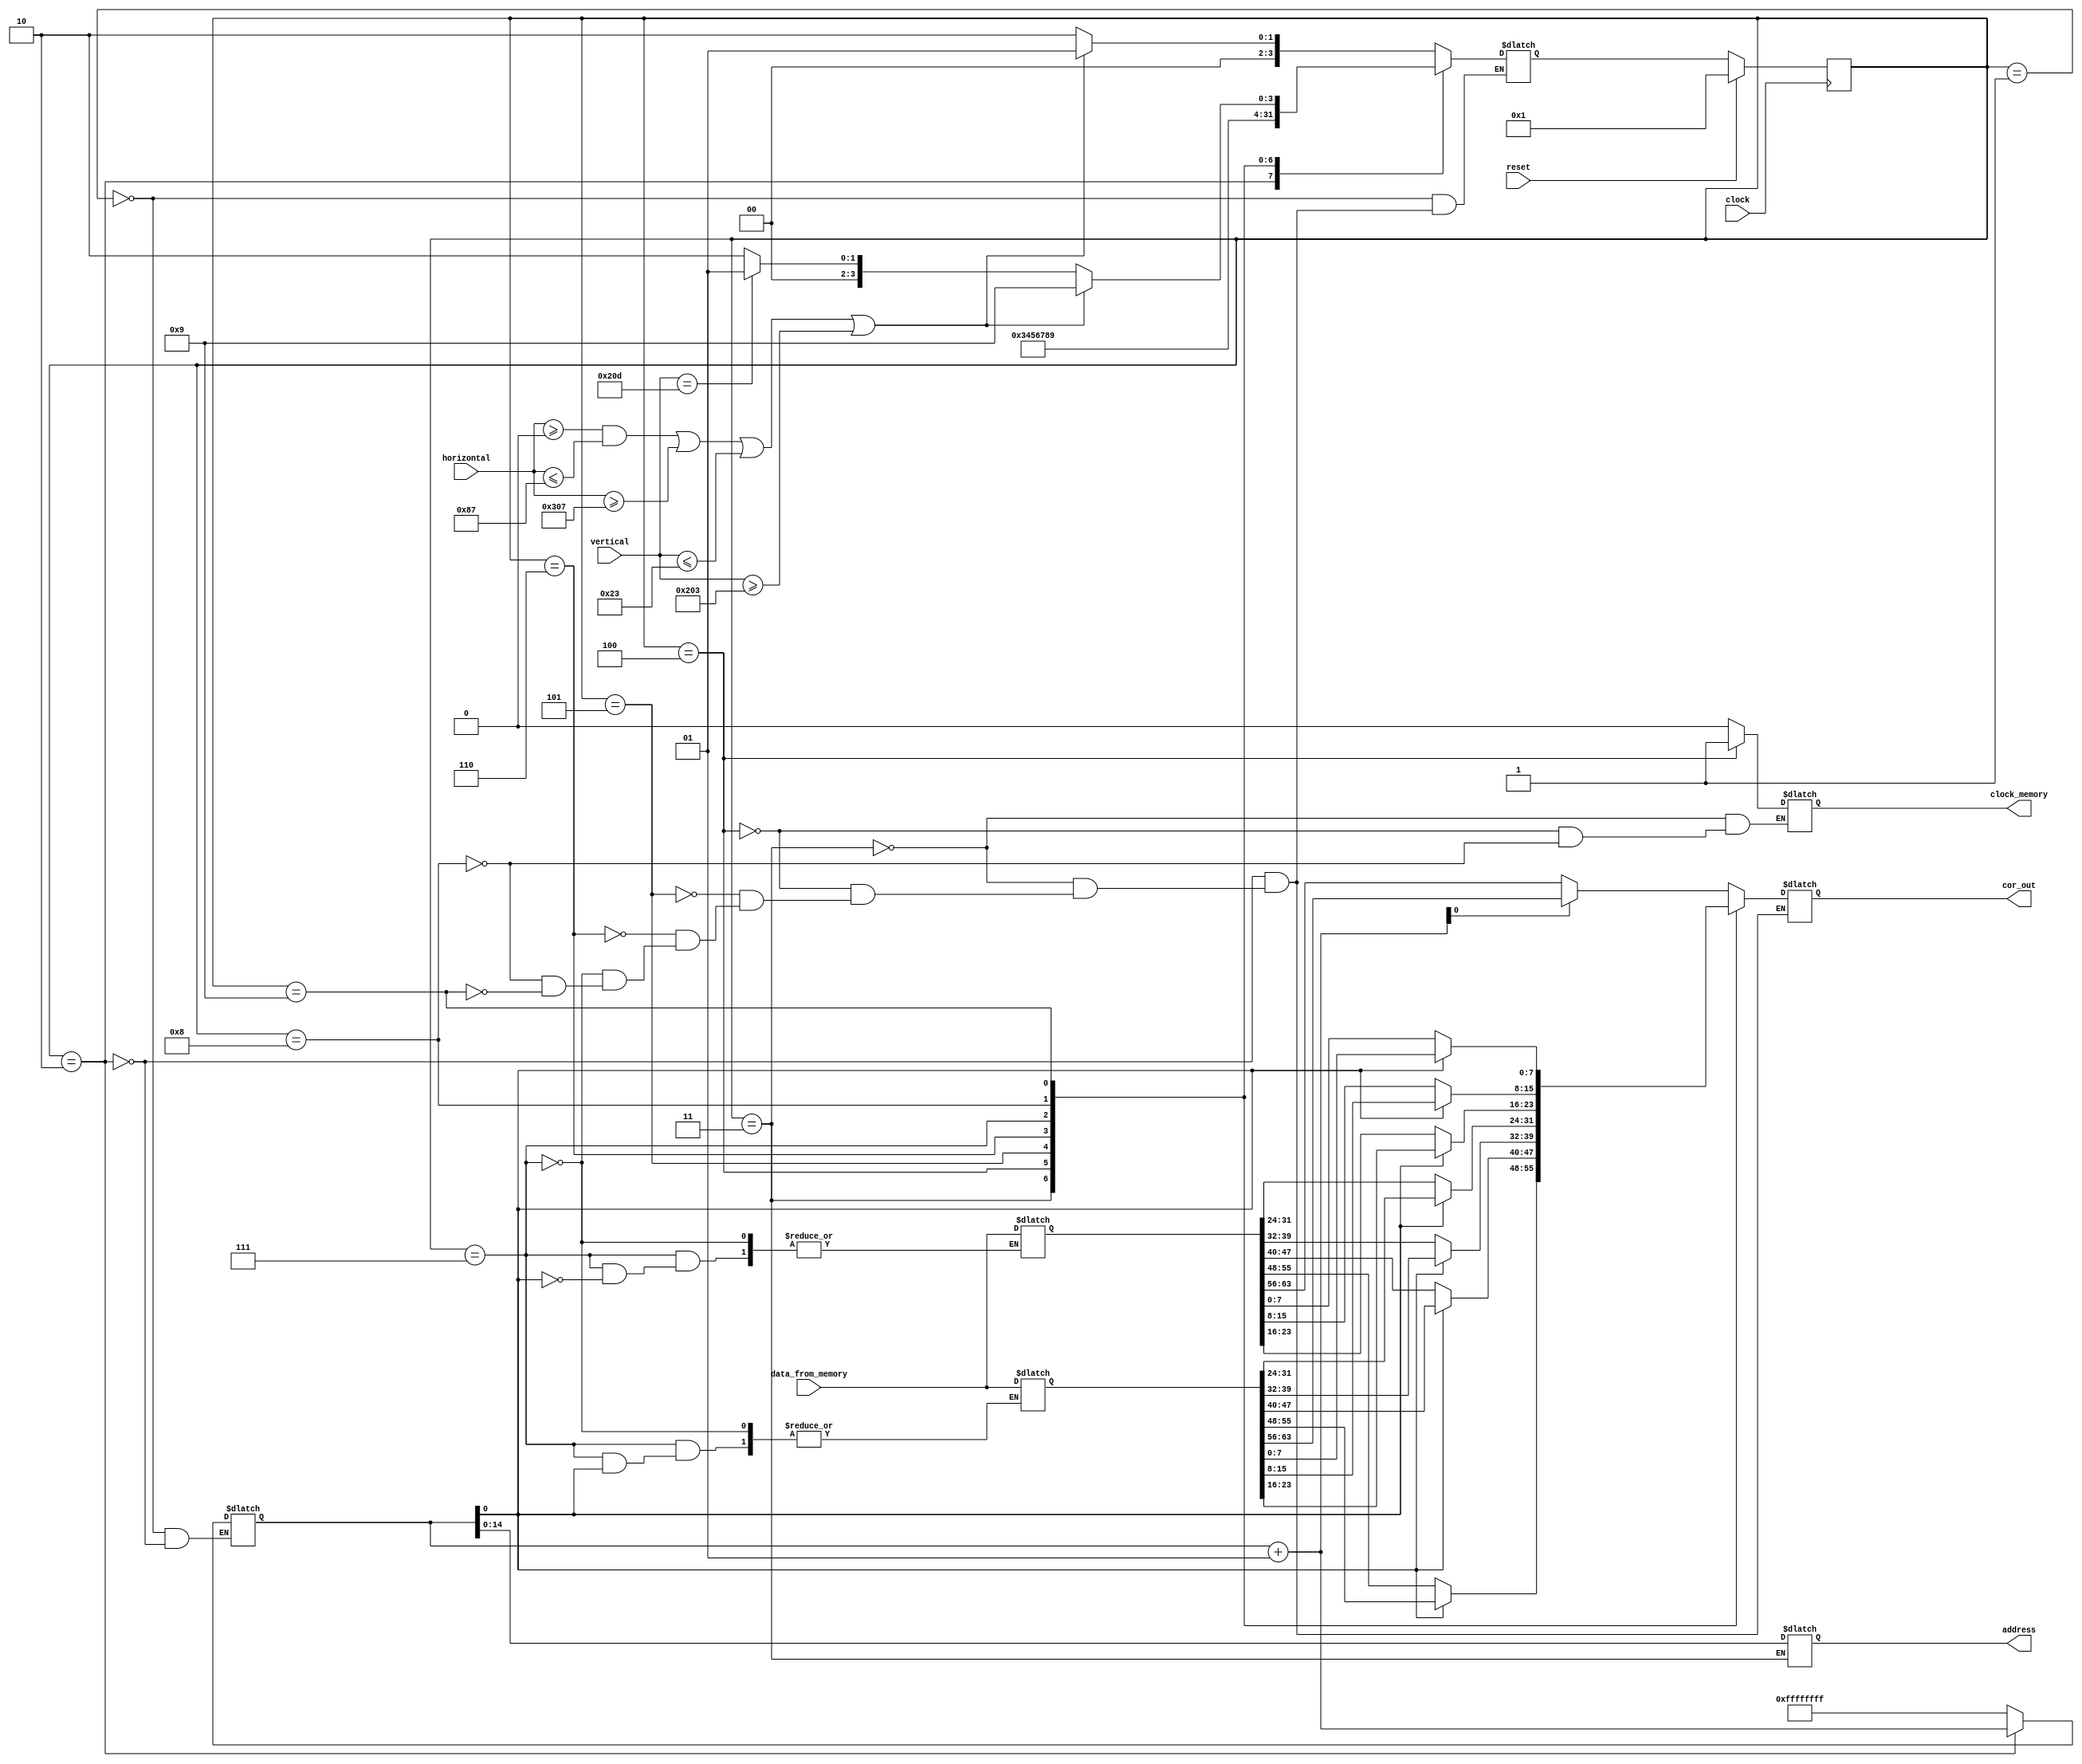
 module ControladorPrincipal (data_from_memory, clock, reset, address, clock_memory,cor_out, vertical, horizontal);

input [63:0] data_from_memory;
input clock, reset;
input [9:0] vertical;
input [9:0] horizontal;

output reg [14:0] address;
output reg clock_memory;
output reg [7:0]cor_out;

reg [63:0] oitoPixels_8bits_1;
reg [63:0] oitoPixels_8bits_2;

integer x; 
reg reset_1;

parameter
		inicio = 4'd1,
		implementar_x = 4'd2,
		acessar_mem = 4'd3,
		espera_1 = 4'd4,
		espera_2 = 4'd5,
		espera_3 = 4'd6,
		paridade = 4'd7,
		espera_4 = 4'd8,
		espera_5 = 4'd9;

reg [3:0] estado_atual;
reg [3:0] estado_futuro;

always@(posedge clock)		//registrador
begin
	if (reset)
		estado_atual <= inicio;
	
	else 
		estado_atual <= estado_futuro;
end


always@(*)		// dec sada
begin
	case (estado_atual)
	
		inicio:
		begin
		x = -1;
		end
		
		implementar_x:
		begin
			x = x + 1;
			if(x[0]==0)
			begin
				cor_out = oitoPixels_8bits_2[63:56];
			end
			else
			begin
				cor_out = oitoPixels_8bits_1[63:56];
			end
		end

		acessar_mem:
		begin
			address = x;
			clock_memory = 0;
			if(x[0]==0)
			begin
				cor_out = oitoPixels_8bits_2[55:48];
			end
			else
			begin
				cor_out = oitoPixels_8bits_1[55:48];
			end
		end
		
		espera_1:
		begin
			clock_memory = 1;
			if(x[0]==0)
			begin
				cor_out = oitoPixels_8bits_2[47:40];
			end
			else
			begin
				cor_out = oitoPixels_8bits_1[47:40];
			end
		end
		
		espera_2:
		begin
			if(x[0]==0)
			begin
				cor_out = oitoPixels_8bits_2[39:32];
			end
			else
			begin
				cor_out = oitoPixels_8bits_1[39:32];
			end
		end
		
		espera_3:
		begin
			if(x[0]==0)
			begin
				cor_out = oitoPixels_8bits_2[31:24];
			end
			else
			begin
				cor_out = oitoPixels_8bits_1[31:24];
			end
		end
		
		paridade:
		begin
			if(x[0]==0)
			begin
				oitoPixels_8bits_1 = data_from_memory;
				cor_out = oitoPixels_8bits_2[23:16];
			end
			else
			begin
				oitoPixels_8bits_2 = data_from_memory;
				cor_out = oitoPixels_8bits_1[23:16];
			end
		end
	
		espera_4:
		begin
			clock_memory = 0;
			if(x[0]==0)
			begin
				cor_out = oitoPixels_8bits_2[15:8];
			end
			else
			begin
				cor_out = oitoPixels_8bits_1[15:8];
			end
		end
		
		espera_5:
		begin
			if(x[0]==0)
			begin
				cor_out = oitoPixels_8bits_2[7:0];
			end
			else
			begin
				cor_out = oitoPixels_8bits_1[7:0];
			end
		end
	
	endcase
end


always@(*) // dec entrada
begin
	case(estado_atual)

			inicio: 
		begin
		if (((horizontal >= 0) & (horizontal <= 135)) || (horizontal >= 775) || (vertical <= 35) || (vertical >= 515)) // nas reas cegas fica desativado
			estado_futuro = inicio;
		else
			estado_futuro = implementar_x;
		end
		
		implementar_x:
		begin
		estado_futuro = acessar_mem;
		end

		acessar_mem:
		begin
		estado_futuro = espera_1;
		end
		
		espera_1:
		begin
		estado_futuro = espera_2;
		end
		
		espera_2:
		begin
		estado_futuro = espera_3;
		end
		
		espera_3:
		begin
		estado_futuro = paridade;
		end
		
		paridade:
		begin
		estado_futuro = espera_4;
		end
	
		espera_4:
		begin
		estado_futuro = espera_5;
		end
		
		espera_5:
		begin
		if (((horizontal >= 0) & (horizontal <= 135)) || (horizontal >= 775) || (vertical <= 35) || (vertical >= 515))	// tempo no visivel
			estado_futuro = espera_5;
		else if (vertical == 525)
			estado_futuro = inicio;
		else 
			estado_futuro = implementar_x;
		end
	
	endcase
end

endmodule


// Implementar duas FSMs: FSM_obtencao_pixels e FSM_VGA


// FSM_obtencao_pixels dever fazer as seguintes atividades:
// 1 - Gerar um endereo entre 0 e 38399
// 2 - Para cada endereo X gerado:
// 2.1 - address = X; clock_memory = 1;
// 2.2 - Aguardar os ciclos de memria necessrios (por exemplo, 3 ciclos)
// 2.3 - OitoPixels_8bits = data_from_memory;
// 2.4 - clock_memory = 0; Acionar converso de OitoPixels_8bits em OitoPixels_24bits
// 2.5 - Salvar resultado da converso de forma alternada, entre OitoPixels_24bits_1 e OitoPixels_24bits_2; retornar para 1
// Observaes:
// Obs. 1: para cada linha L exibvel da tela, esta FSM dever estar num estado Inativo at 8 pulsos de clock anteriores ao primeiro pixel da linha
// Obs. 2: durante a exibio da linha L, esta FSM dever percorrer exatamente 8 estados, de acordo com os passos 1 a 2.5 acima
// Obs. 3: 8 pulsos de clock antes do trmino de exibio da linha L, esta FSM dever voltar para o estado Inativo, repetindo-se tal ciclo para a prxima linha

// FSM_VGA dever fazer as seguintes atividades:
// 1 - Implementar os contadores horizontal e vertical, para controlar os sinais V_Sync, H_Sync e Blank
// 2 - Para cada linha L exibvel da tela, esta FSM dever repassar para a sada RGB os dados de OitoPixels_24bits_1 ou de OitoPixels_24bits_2 (de forma alternada)
// Observao: para cada linha L:
// - os pixels de 0 a 7 so obtidos de OitoPixels_24bits_1
// - os pixels de 8 a 15 so obtidos de OitoPixels_24bits_2
// - os pixels de 16 a 23 so obtidos de OitoPixels_24bits_1
// - os pixels de 24 a 31 so obtidos de OitoPixels_24bits_2
// e assim sucessivamente, at o trmino da parte exibvel da linha L